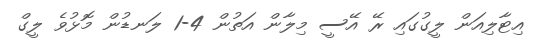
އިޓާލިއަން ލީގުގައި ރޭ އޭސީ މިލާން އަތުން 4-1 ލަނޑުން މޮޅުވެ ލީގް